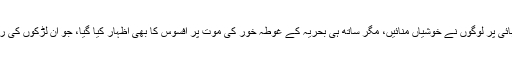
چاروں لڑکے صحت مند ہیں، ان تمام افراد کی بحفاظت رہائی پر لوگوں نے خوشیاں منائیں، مگر ساتھ ہی بحریہ کے غوطہ خور کی موت پر افسوس کا بھی اظہار کیا گیا، جو ان لڑکوں کی رہائی کی کارروائی کے دوران موت سے ہمکنار ہوگیا تھا۔